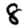
Digit: 8